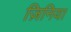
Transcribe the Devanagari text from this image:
ज़िनिया